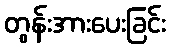
တွန်းအားပေးခြင်း